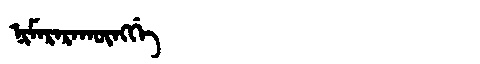
Manchu: ᠨᡳᠮᠠᡵᠠᡵᠠᡴᡡᠩᡤᡝ
Romanization: NIMARARAKŪNGGE